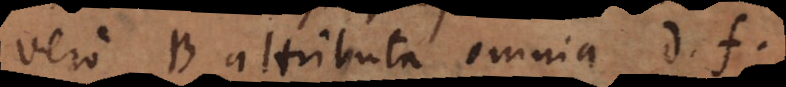
vero B attributa omnia d, f.